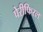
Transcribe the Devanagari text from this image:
पेरीफिरल